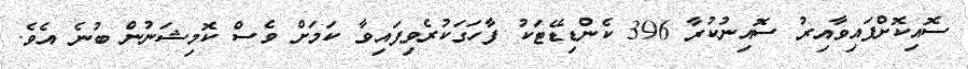
ސޮއިކޮށްފައިވާއިރު ސޮއިނުކުރާ 396 ކެންޑިޑޭޓަކު ފާހަގަކުރެވިފައިވާ ކަމަށް ވެސް ކޮމިޝަނުން ބުނެ އެވެ.